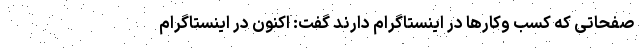
صفحاتی که کسب وکارها در اینستاگرام دارند گفت: اکنون در اینستاگرام